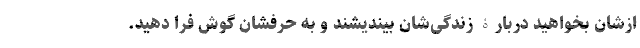
ازشان بخواهید دربارۀ زندگی‌شان بیندیشند و به حرفشان گوش فرا دهید.